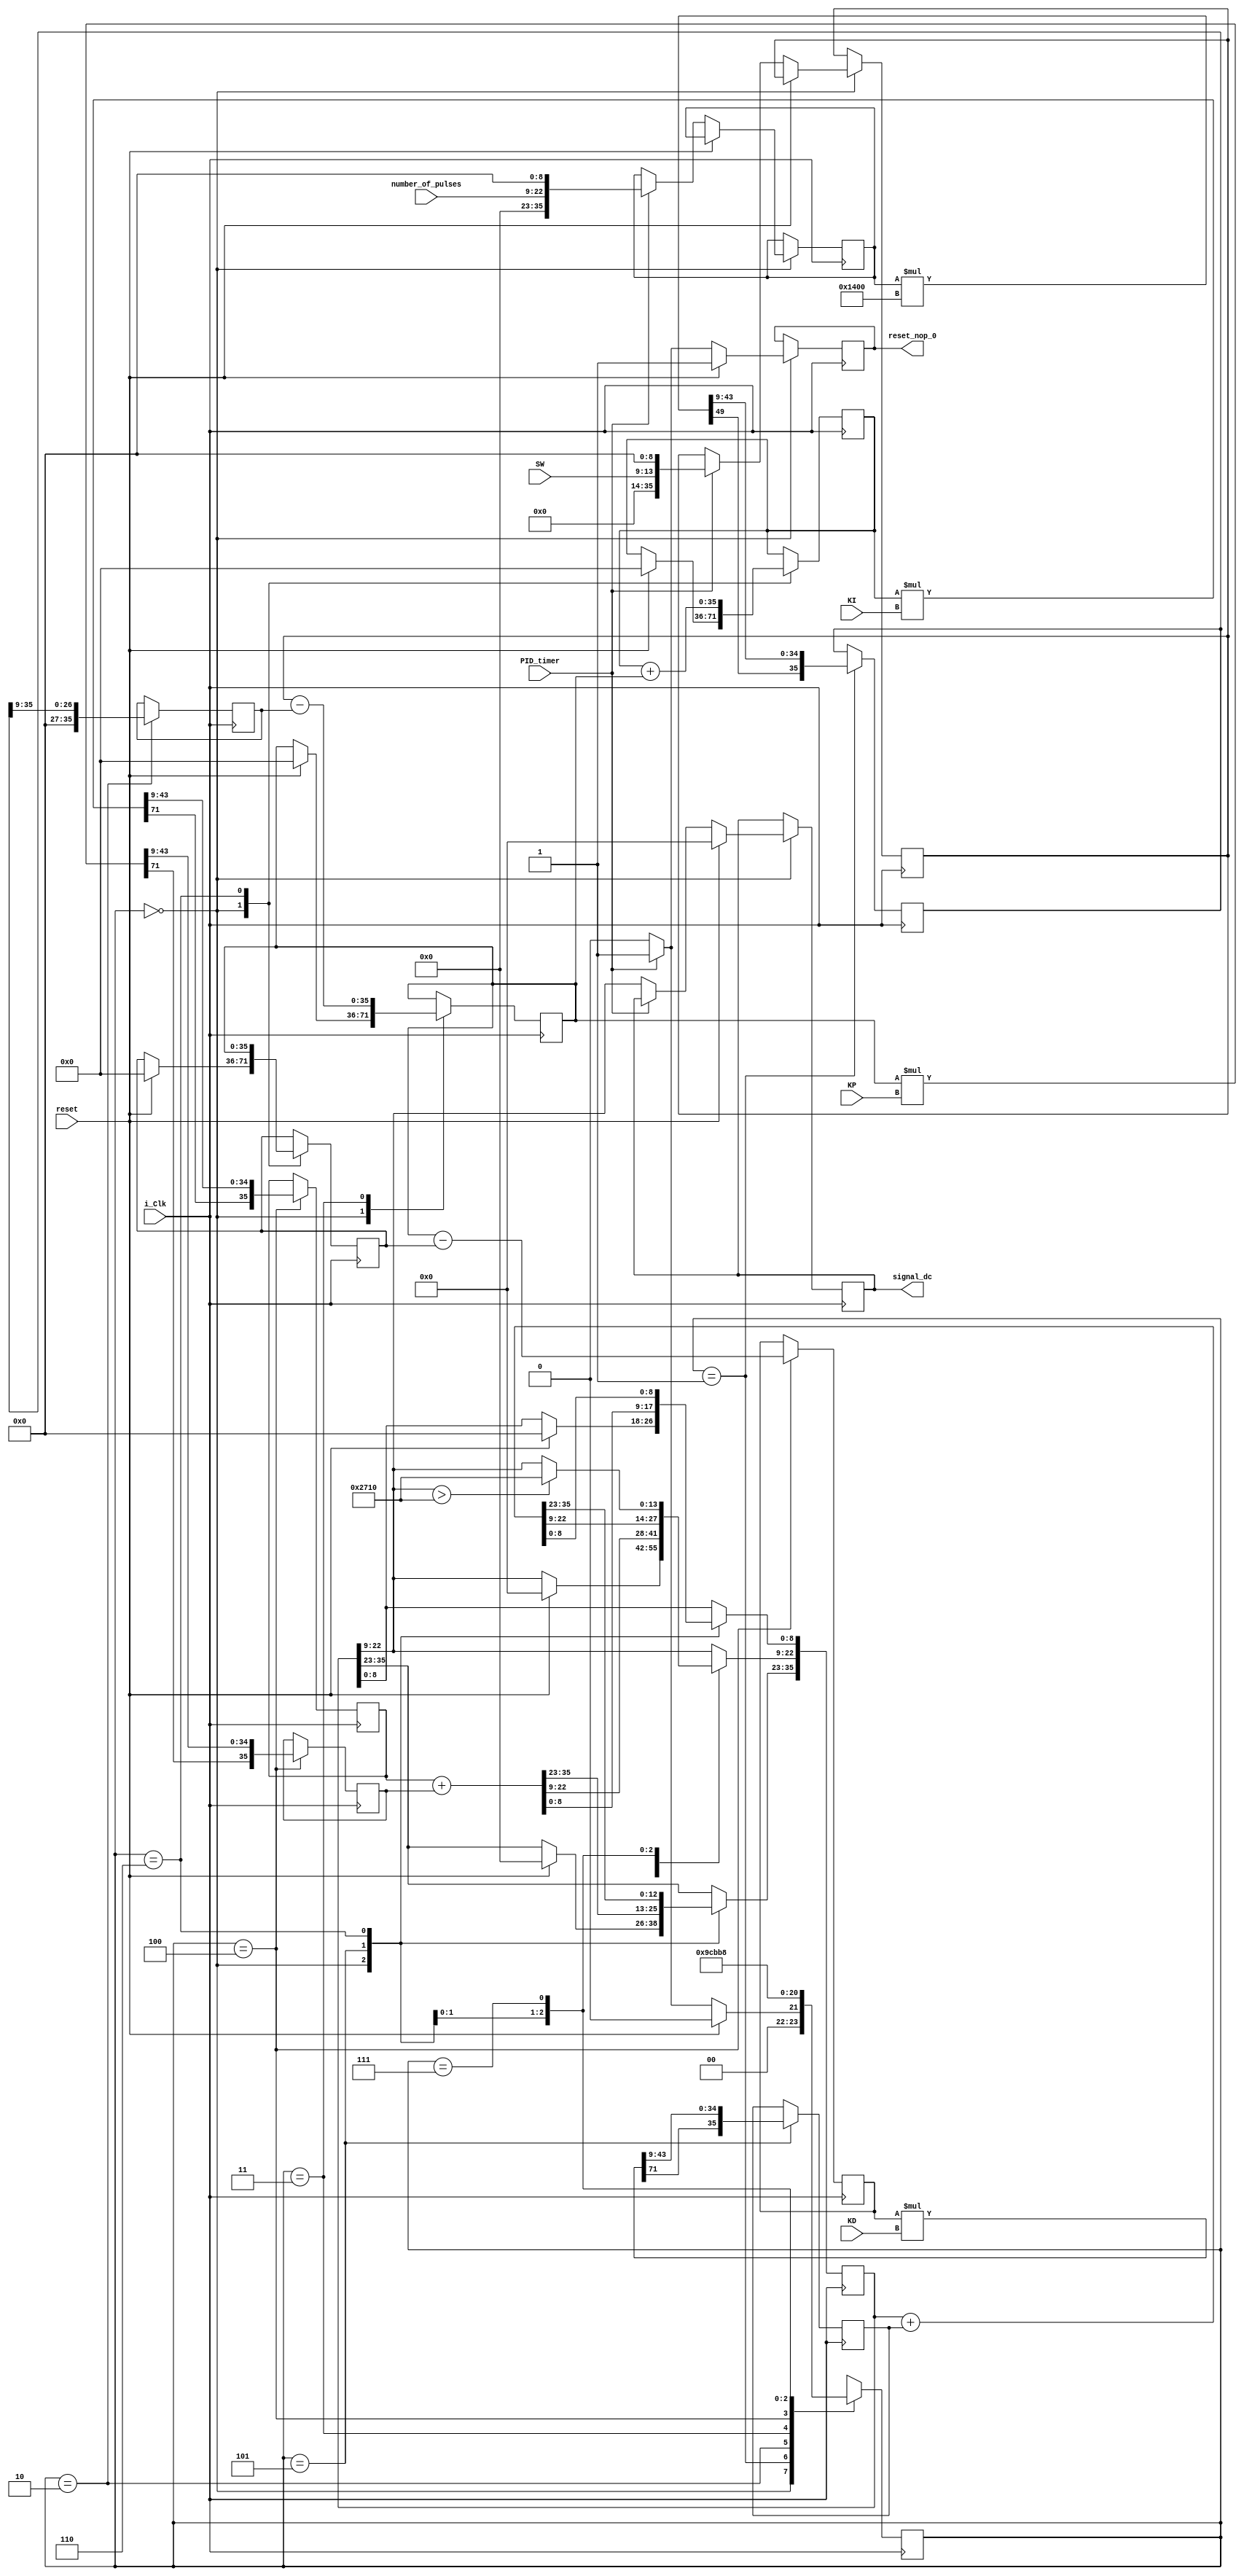
module PID(
	input i_Clk,
	input [13:0]number_of_pulses,
	input [4:0]SW,
	input PID_timer,
	output reset_nop_0,
	input reset,
	output [13:0]signal_dc,
	input [35:0] KP,
	input [35:0] KI,
	input [35:0] KD
	///////DEBUG///////
	//output [2:0]state_pid
	///////////////////
);

	reg reset_nop;
	assign reset_nop_0 = reset_nop;

	reg [2:0]PID_STATE;
	reg [35:0]sample_data;
	wire [35:0]mult_out_0, mult_out_1, mult_out_2, mult_out_3;
	reg [35:0]mult_out_0_reg, mult_out_1_reg, mult_out_2_reg, mult_out_3_reg;
	wire [71:0]mult_step_0, mult_step_1, mult_step_2, mult_step_3;
	reg [35:0]current_speed, desired_speed;
	reg [35:0]e_speed ,e_speed_pre, e_speed_sum, e_speed_de, pwm_pulse;
	reg [13:0]dc_out;
	
	///////DEBUG///////
	//assign state_pid = PID_STATE;
	///////////////////
	
	parameter	WAIT_TIME = 3'd0,
				CALCULATE_PWM_0 = 3'd1,
				CALCULATE_PWM_1 = 3'd2,
				CALCULATE_PWM_2 = 3'd3,
				CALCULATE_PWM_3 = 3'd4,
				CALCULATE_PWM_4 = 3'd5,
				CALCULATE_PWM_5 = 3'd6,
				LIMIT_CHECK = 3'd7;
	
	parameter 	FP_36_9_d10 = 36'b1010_000_000_000;
	/*
					KP = 36'b0_1011_1111_1010_000_000_000,
					KI = 36'b0_1111_1101_1010_000_000_000,
					KD = 36'b0_1111_1111_1001_000_000_000;
	*/				
	// FIXED POINT NUMBERS 36 BIT, 1 SIGN 26 DECIMAL 9 FRACTION
	///////////////////////////////////////////////////
	
	//pwm_pulse = e_speed*kp + e_speed_sum*ki + e_speed_de*kd;
	assign signal_dc = dc_out;
	
	always@(posedge i_Clk) 
	begin	
		case(PID_STATE)
			WAIT_TIME: begin
				if(reset)begin
					PID_STATE <= WAIT_TIME;	
					reset_nop <= 1'b1;					
					e_speed_pre <= 0;
					e_speed <= 0;
					e_speed_sum <= 0;
					pwm_pulse <= 0;
					dc_out <= 0;
				end
				else if(PID_timer)begin
					sample_data <= {1'b0, 12'b0, number_of_pulses, 9'b0};
					desired_speed <= {1'b0, 21'b0, SW[4:0], 9'b0};
					reset_nop <= 1'b1;
					PID_STATE <= CALCULATE_PWM_0;
				end
				else begin
					reset_nop <= 1'b0;
					PID_STATE <= WAIT_TIME;
					dc_out <= pwm_pulse[22:9];
				end
			end
			CALCULATE_PWM_0: begin
				mult_out_0_reg <= mult_out_0;
				PID_STATE <= CALCULATE_PWM_1;
			end
			CALCULATE_PWM_1: begin
				current_speed <= mult_out_0_reg >>  9;
				PID_STATE <= CALCULATE_PWM_2;
			end
			CALCULATE_PWM_2: begin
				e_speed <= desired_speed - current_speed;
				PID_STATE <= CALCULATE_PWM_3;
			end
			CALCULATE_PWM_3: begin
				mult_out_1_reg <= mult_out_1;
				mult_out_2_reg <= mult_out_2;
				e_speed_de <= (e_speed - e_speed_pre);
				PID_STATE <= CALCULATE_PWM_4;
			end
			CALCULATE_PWM_4: begin
				mult_out_3_reg <= mult_out_3;
				pwm_pulse <= mult_out_2_reg + mult_out_1_reg;
				PID_STATE <= CALCULATE_PWM_5;
			end
			CALCULATE_PWM_5: begin
				pwm_pulse <= pwm_pulse + mult_out_3_reg;
				e_speed_pre <= e_speed;  				//save last (previous) error
				e_speed_sum <= e_speed_sum + e_speed; 	//sum of error
				PID_STATE <= LIMIT_CHECK;
			end
			LIMIT_CHECK: begin
				if(pwm_pulse[22:9] > 14'd10_000) begin
					pwm_pulse[22:9] <= 14'd10_000;
				end
				PID_STATE <= WAIT_TIME;
			end
			default: begin
				PID_STATE <= WAIT_TIME;
			end
		endcase
	end
	
	assign mult_step_0 = $signed(sample_data) * $signed(FP_36_9_d10);
	assign mult_out_0 = {mult_step_0[71], mult_step_0[43:9]};
	
	assign mult_step_1 = $signed(e_speed) * $signed(KP);
	assign mult_out_1 = {mult_step_1[71], mult_step_1[43:9]};
	
	assign mult_step_2 = $signed(e_speed_sum) * $signed(KI);
	assign mult_out_2 = {mult_step_2[71], mult_step_2[43:9]};
	
	assign mult_step_3 = $signed(e_speed_de) * $signed(KD);
	assign mult_out_3 = {mult_step_3[71], mult_step_3[43:9]};
	
	///////DEBUG///////
	/*
	wire [26:0]sample_data_D;
	wire [26:0]mult_out_0_reg_D, mult_out_1_reg_D, mult_out_2_reg_D, mult_out_3_reg_D;
	wire [26:0]current_speed_D, desired_speed_D;
	wire [26:0]e_speed_D ,e_speed_pre_D, e_speed_sum_D, e_speed_de_D;
	wire [26:0]KP_D, KI_D, KD_D;
	assign sample_data_D = sample_data[35:9];
	
	assign mult_out_0_reg_D = mult_out_0_reg[35:9];
	assign mult_out_1_reg_D = mult_out_1_reg[35:9];
	assign mult_out_2_reg_D = mult_out_2_reg[35:9];
	assign mult_out_3_reg_D = mult_out_3_reg[35:9];
	
	assign current_speed_D = current_speed[35:9];
	assign desired_speed_D = desired_speed[35:9];
	
	assign e_speed_D = e_speed[35:9];
	assign e_speed_pre_D = e_speed_pre[35:9];
	assign e_speed_sum_D = e_speed_sum[35:9];
	assign e_speed_de_D = e_speed_de[35:9];
	
	assign KP_D = KP[35:9];
	assign KI_D = KI[35:9];
	assign KD_D = KD[35:9];
	*/
	//////////////////////////////////////
endmodule